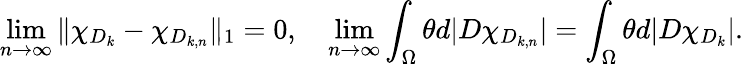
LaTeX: \operatorname*{lim}_{n\to\infty}\| \chi_{D_{k}}-\chi_{D_{k,n}}\| _{1}=0,\quad\operatorname*{lim}_{n\to\infty}\int_{\Omega}\theta d|D\chi_{D_{k,n}}|=\int_{\Omega}\theta d|D\chi_{D_{k}}|.